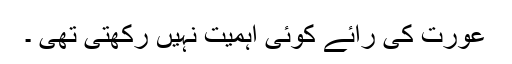
عورت کی رائے کوئی اہمیت نہیں رکھتی تھی ۔